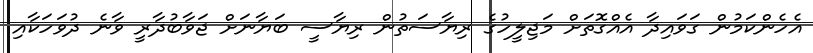
އެހެންކަމުން ގަވައިދާ އެއްގޮތަށް މަޖިލީހުގެ ރިޔާސަތުން ރިޔާސީ ބަޔާނަށް ޖަވާބުދާރީ ވާނެ ދުވަހަކާއި